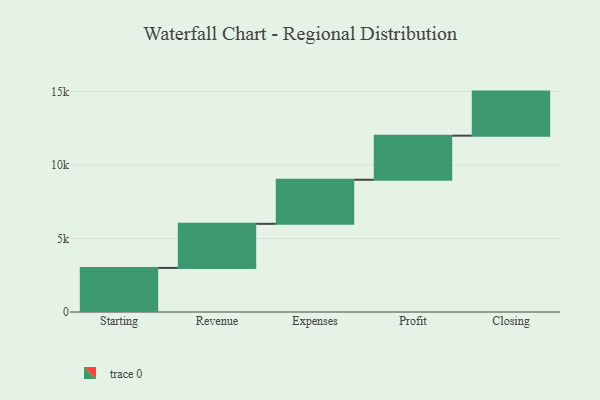
{"axis": {"x": "Step", "y": "Value"}, "legend": [""], "data": [{"x": "Starting", "y": 3000, "type": ""}, {"x": "Revenue", "y": 3000, "type": ""}, {"x": "Expenses", "y": 3000, "type": ""}, {"x": "Profit", "y": 3000, "type": ""}, {"x": "Closing", "y": 3000, "type": ""}]}